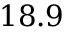
1 8 . 9